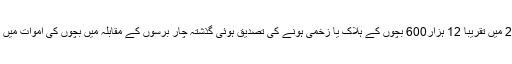
ان کی رپورٹ کے مطابق 2018 میں تقریباََ 12 ہزار600 بچوں کے ہلاک یا زخمی ہونے کی تصدیق ہوئی گذشتہ چار برسوں کے مقابلہ میں بچوں کی اموات میں 82 فی صد اضافہ دیکھا گیا ہے۔